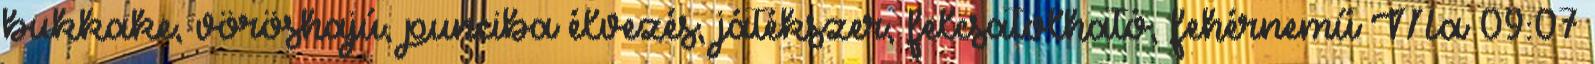
bukkake, vöröshajú, punciba élvezés, játékszer, felcsatolható, fehérnemű Ma 09:07